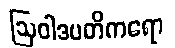
ဩဝါဒပတိကရော